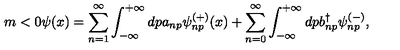
m < 0 \psi ( x ) = \sum _ { n = 1 } ^ { \infty } \int _ { - \infty } ^ { + \infty } d p a _ { n p } \psi _ { n p } ^ { ( + ) } ( x ) + \sum _ { n = 0 } ^ { \infty } \int _ { - \infty } ^ { + \infty } d p b _ { n p } ^ { \dag } \psi _ { n p } ^ { ( - ) } ,